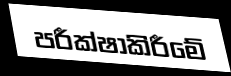
පරීක්ෂාකිරීමේ